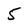
Character: 5